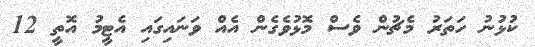
ކުޅުނު ހަތަރު މެޗުން ވެސް މޮޅުވެގެން އެއް ވަނައިގައި އެޓީމު އޮތީ 12